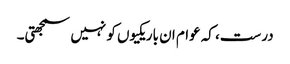
درست، کہ عوام ان باریکیوں کو نہیں سمجھتی۔